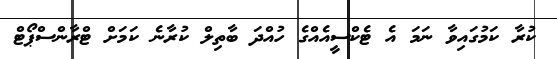
ކުރާ ކަމުގައިވާ ނަމަ އެ ޓެކްސީއެއްގެ ހުއްދަ ބާތިލް ކުރާނެ ކަމަށް ޓްރާންސްޕޯޓް